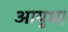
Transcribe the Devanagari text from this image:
आयुध।